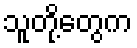
သူတို့တွေက